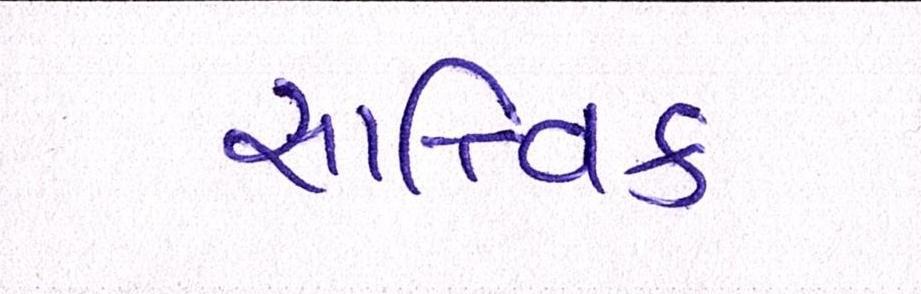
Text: સાત્ત્વિક